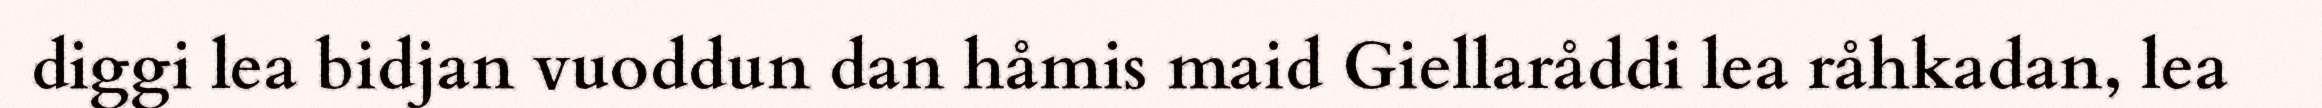
diggi lea bidjan vuoddun dan håmis maid Giellaråddi lea råhkadan, lea